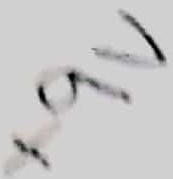
Text: +9V